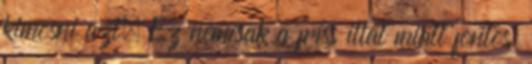
kimosni azt. Ez nemcsak a friss illat miatt fontos: